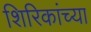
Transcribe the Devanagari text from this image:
शिरिकांच्या